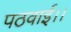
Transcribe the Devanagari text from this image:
पठवाई।।